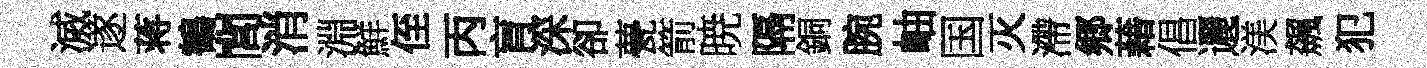
滅遂蒋鶴閭消淵鮮侄丙肓深卻甍箭暁隔銅腕岫国灭滯郷藉倡邐渼飆犯